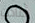
أعادت